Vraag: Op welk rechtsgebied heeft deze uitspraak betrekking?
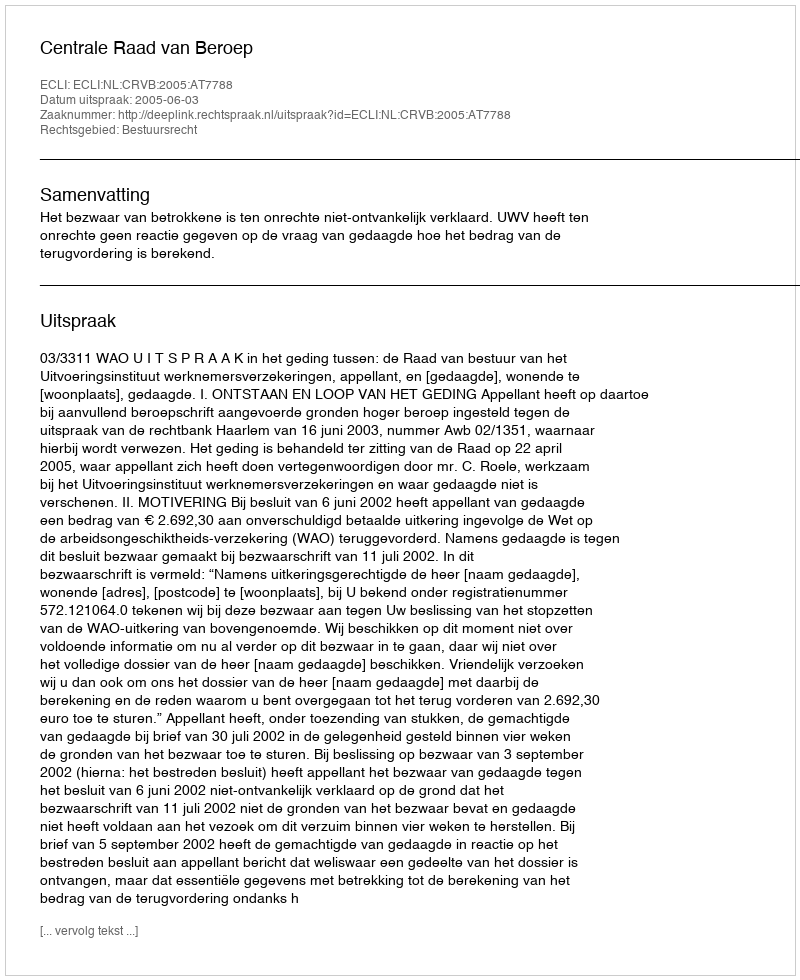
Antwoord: Bestuursrecht